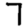
Digit: 7